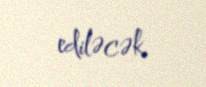
ediləcək.